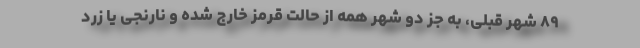
۸۹ شهر قبلی، به جز دو شهر همه از حالت قرمز خارج شده و نارنجی یا زرد